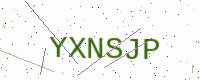
Text: YXNSJP